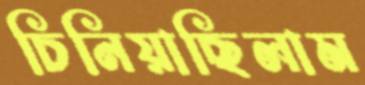
চিনিয়াছিলাম